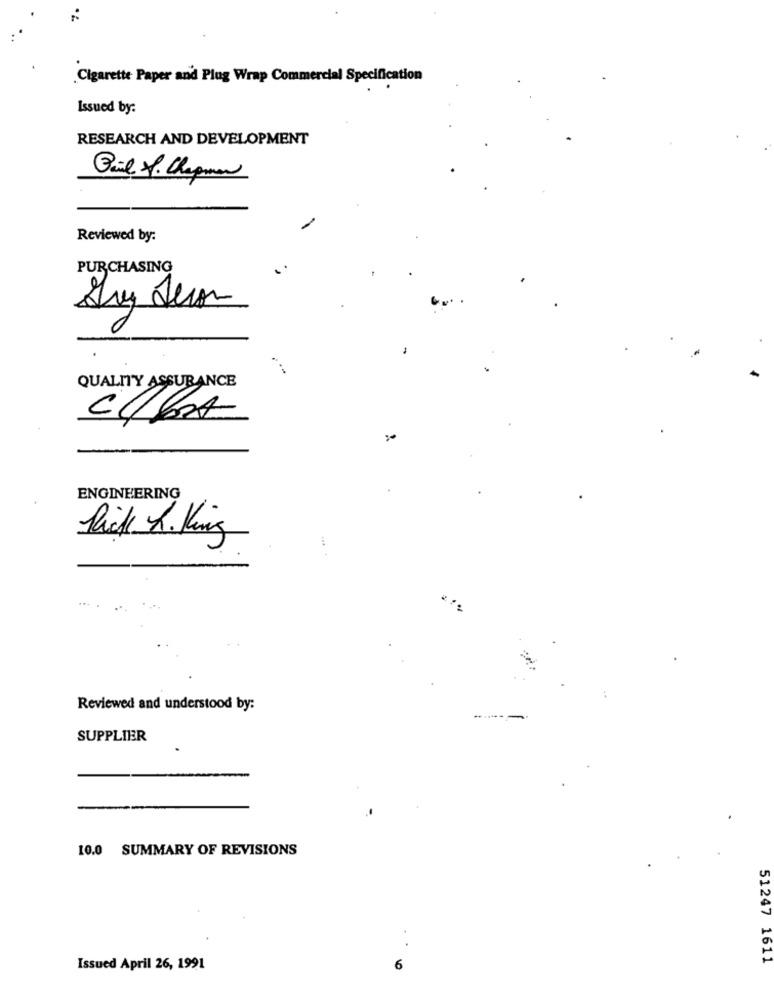
Cigarette Paper and Plug Wrap Commercial Specification
Issued by:
RESEARCH AND DEVELOPMENT
Bil V. Chapman
Reviewed by:
PURCHASING
QUALITY ASSURANCE
ENGINEERING
Pick L. King
Reviewed and understood by:
SUPPLIER
10.0 SUMMARY OF REVISIONS
51247 1611
Issued April 26, 1991
6